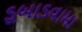
ડૂબાડવામા